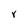
Character: Y